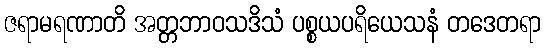
ဇရာမရဏာတိ အတ္တဘာဝသဒိသံ ပစ္စယပရိယေသနံ တဒေတရာ